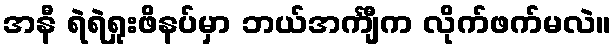
အနီ ရဲရဲရှုးဖိနပ်မှာ ဘယ်အင်္ကျီက လိုက်ဖက်မလဲ။